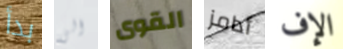
بدأ الى القوى أدامز الإف